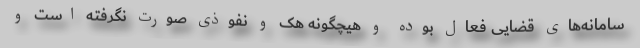
سامانه‌های قضایی فعال بوده و هیچگونه هک و نفوذی صورت نگرفته است و